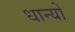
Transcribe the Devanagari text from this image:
धान्यों